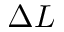
\Delta L